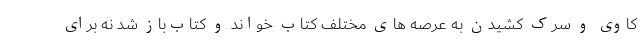
کاوی و سرک کشیدن به عرصه های مختلف کتاب خواند و کتاب‌باز شد نه برای